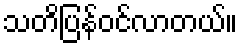
သတိပြန်ဝင်လာတယ်။